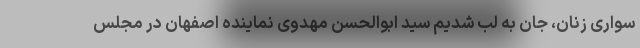
سواری زنان، جان به لب شدیم سید ابوالحسن مهدوی نماینده اصفهان در مجلس